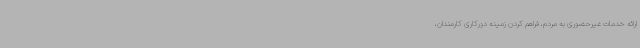
ارائه خدمات غیرحضوری به مردم، فراهم کردن زمینه دورکاری کارمندان،